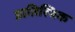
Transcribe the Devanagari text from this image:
प्रातिस्विक